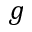
g